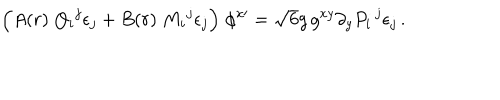
LaTeX: \Big ( A ( r ) \; { Q _ { i } } ^ { j } \epsilon _ { j } + B ( r ) \; { M _ { i } } ^ { j } \epsilon _ { j } \Big ) \; \phi ^ { x \prime } = \sqrt { 6 } g \, g ^ { x y } \partial _ { y } P _ { i } \, ^ { j } \epsilon _ { j } \, .